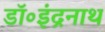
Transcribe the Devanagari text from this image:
डॉ॰इंद्रनाथ